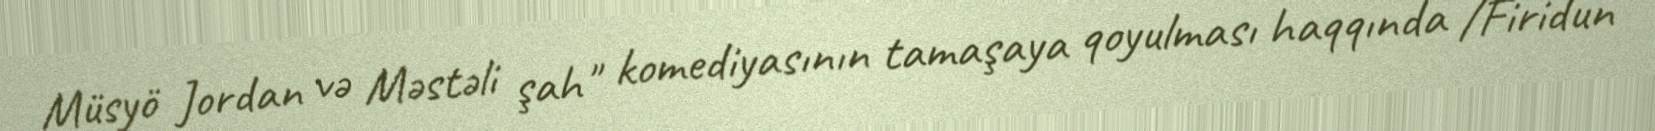
Müsyö Jordan və Məstəli şah" komediyasının tamaşaya qoyulması haqqında /Firidun